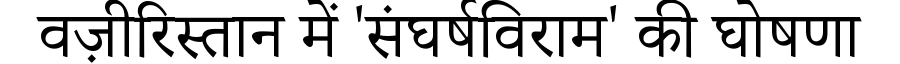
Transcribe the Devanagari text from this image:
वज़ीरिस्तान में 'संघर्षविराम' की घोषणा